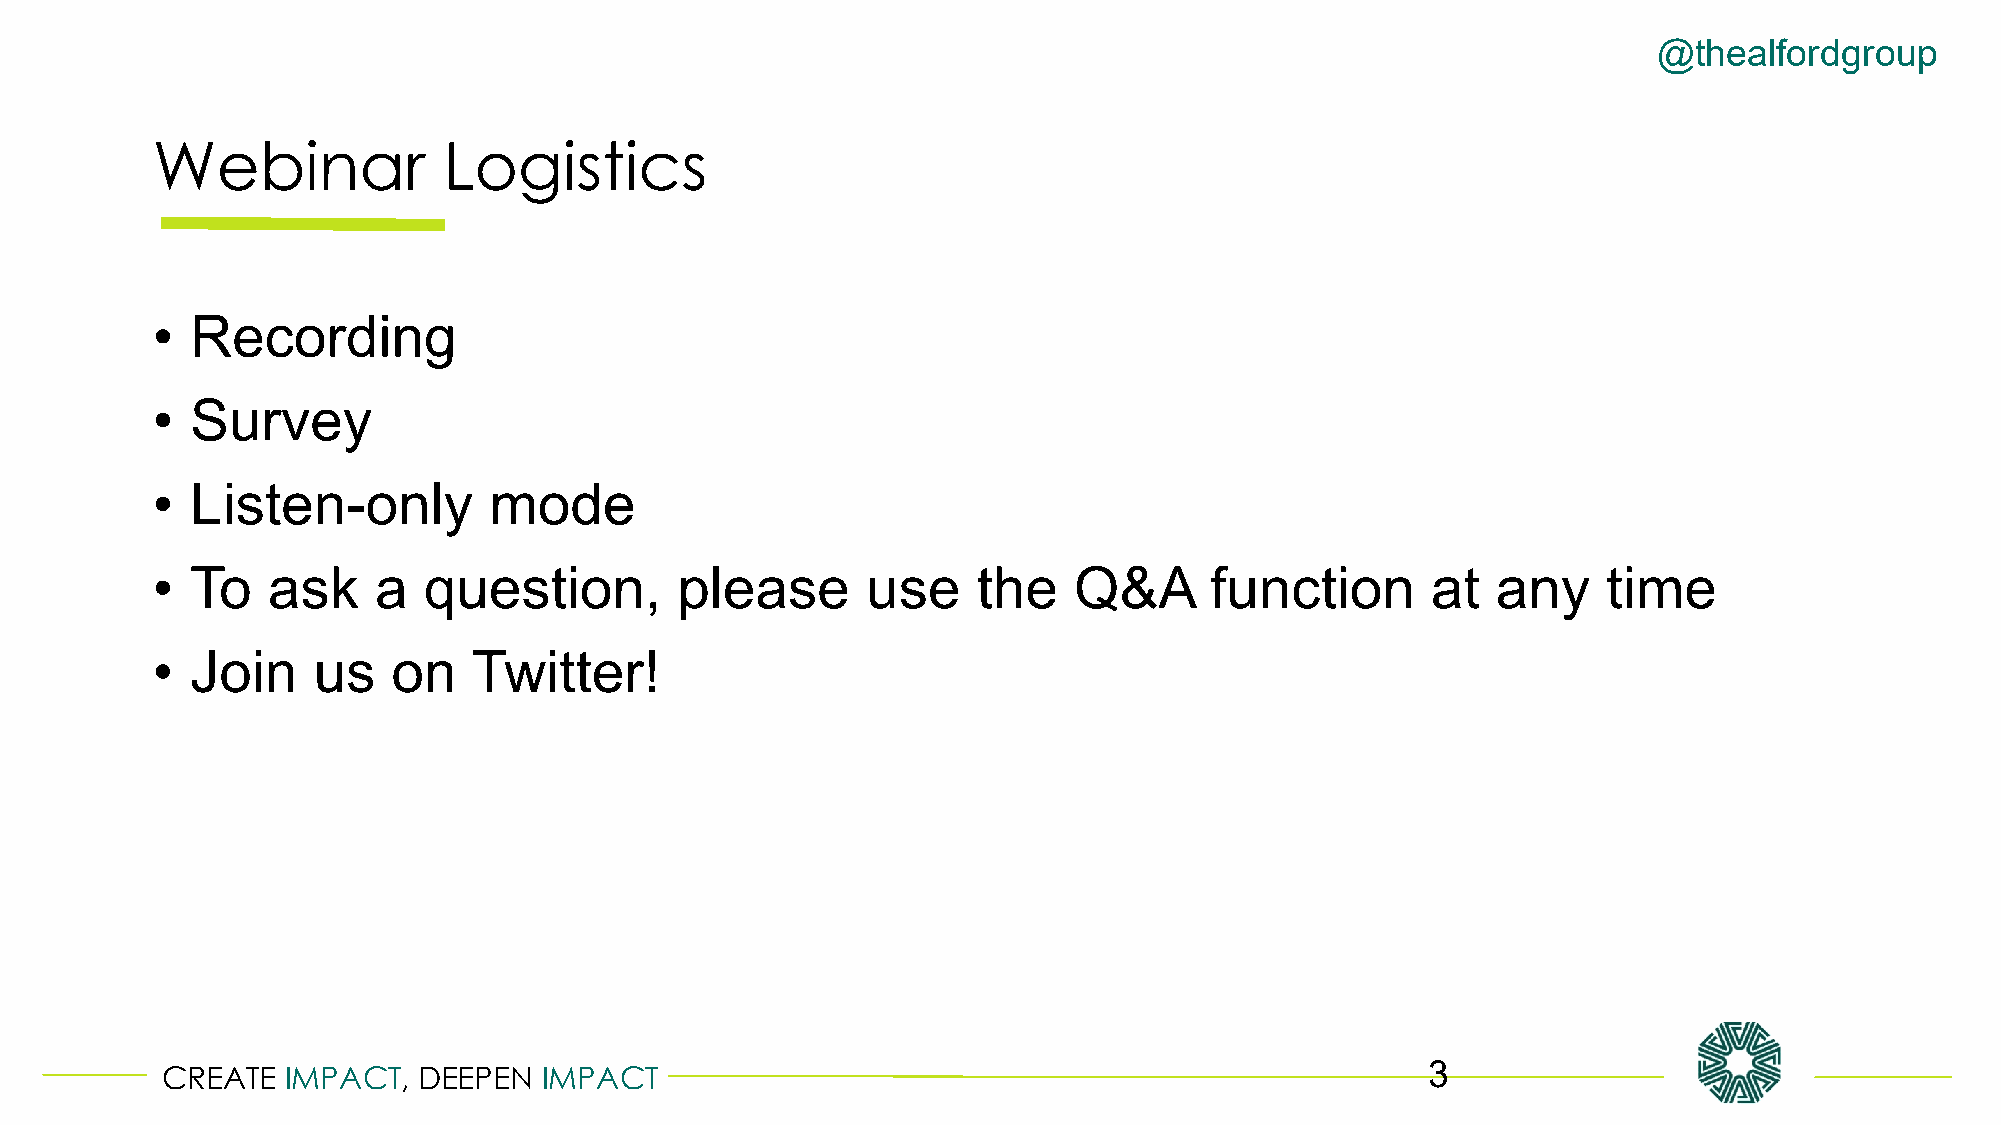
@thealfordgroup
 Webinar            Logistics
 •  Recording
 •  Survey
 •  Listen-only        mode
 •  To   ask    a  question,        please      use     the   Q&A      function       at  any    time
 •  Join    us   on   Twitter!
 CREATE  IMPACT,  DEEPEN  IMPACT                                                     3